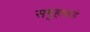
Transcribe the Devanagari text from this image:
समुहाकडे